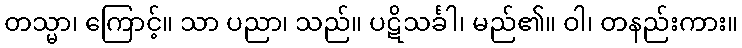
တသ္မာ၊ ကြောင့်။ သာ ပညာ၊ သည်။ ပဋိသင်္ခါ၊ မည်၏။ ဝါ၊ တနည်းကား။